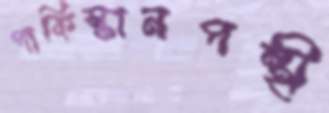
পাকিস্তানপন্থী